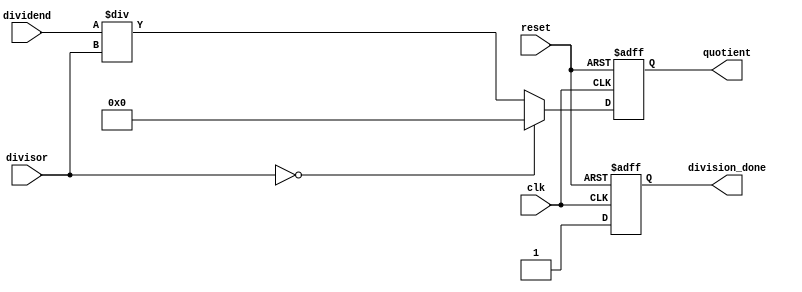
module synchronous_divider (
    input wire clk,
    input wire reset,
    input wire [31:0] dividend,
    input wire [31:0] divisor,
    output reg [31:0] quotient,
    output reg division_done
);

always @(posedge clk or posedge reset) begin
    if (reset) begin
        quotient <= 32'b0;
        division_done <= 1'b0;
    end else begin
        if (divisor == 32'b0) begin
            // Handle division by zero
            quotient <= 32'b0;
            division_done <= 1'b1;
        end else begin
            // Perform division operation
            quotient <= dividend / divisor;
            division_done <= 1'b1;
        end
    end
end

endmodule